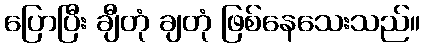
ပြောပြီး ချီတုံ ချတုံ ဖြစ်နေသေးသည်။